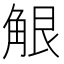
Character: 𧣢